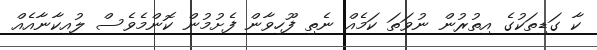
ކާ ގަޑިތަކުގެ އިތުރުން ނުވަތަ ކަމެއް ނެތި ފޫހިވާން ފެށުމުން ކޮންމެވެސް ލުއިކާނާއެއް